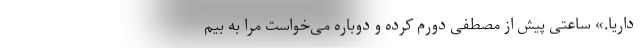
داریا.» ساعتی پیش از مصطفی دورم کرده و دوباره می‌خواست مرا به بیم